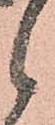
候